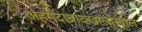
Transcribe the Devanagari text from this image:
अहमदाबादखालोखाल